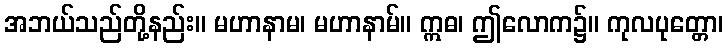
အဘယ်သည်တို့နည်း။ မဟာနာမ၊ မဟာနာမ်။ ဣဓ၊ ဤလောက၌။ ကုလပုတ္တော၊